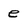
Character: e